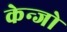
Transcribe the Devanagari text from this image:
केन्जो